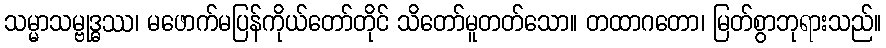
သမ္မာသမ္ဗုဒ္ဓဿ၊ မဖောက်မပြန်ကိုယ်တော်တိုင် သိတော်မူတတ်သော။ တထာဂတော၊ မြတ်စွာဘုရားသည်။